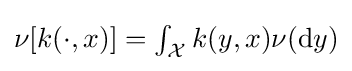
\textstyle \nu [k(\cdot ,x)]=\int _{\mathcal {X}}k(y,x)\nu (\mathrm {d} y)